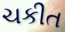
ચકીત